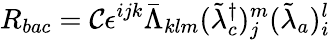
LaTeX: R_{bac}={\cal C}\epsilon^{ijk}\bar{\Lambda}_{klm}(\tilde{\lambda}_{c}^{\dagger})_{j}^{m}(\tilde{\lambda}_{a})_{i}^{l}